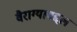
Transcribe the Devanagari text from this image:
वैराग्याबद्दल